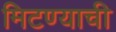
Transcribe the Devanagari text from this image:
मिटण्याची